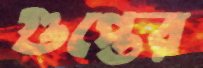
গুপ্তের